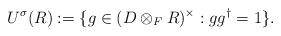
LaTeX: \begin{align*} U^{\sigma}(R):=\{g \in (D \otimes_F R)^{\times}: gg^{\dagger}=1\}.\end{align*}